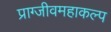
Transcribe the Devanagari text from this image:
प्राग्जीवमहाकल्प